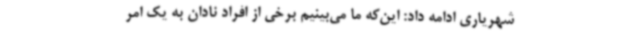
شهریاری ادامه داد: این‌که ما می‌بینیم برخی از افراد نادان به یک امر